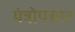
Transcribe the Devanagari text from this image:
यंत्रोपचार